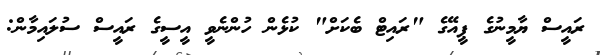
ރައީސް ޔާމީނުގެ ޕީއޭގެ "ރައިޓް ބެކަށް" ކުޅެން ހުންނެވީ އީސީގެ ރައީސް ސުލައިމާން: